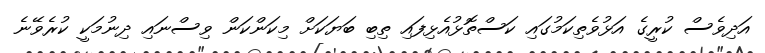
އަދިވެސް ކުރީގެ އަޅުވެތިކަމުގައި ކަސްތޮޅުއެޅިފައި ތިބި ބަޔަކަށް މިކަންކަން ވިސްނައި ދިނުމަކީ ކުރެވޭނެ